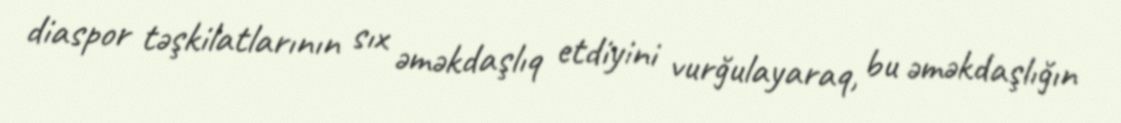
diaspor təşkilatlarının sıx əməkdaşlıq etdiyini vurğulayaraq, bu əməkdaşlığın